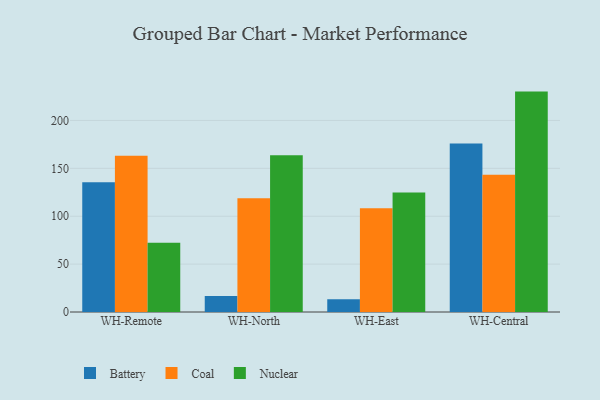
{"axis": {"x": "Warehouse", "y": "Waste Production (Tons)"}, "legend": ["Battery", "Coal", "Nuclear"], "data": [{"x": "WH-Remote", "y": 135.4, "type": "Battery"}, {"x": "WH-Remote", "y": 163.0, "type": "Coal"}, {"x": "WH-Remote", "y": 72.3, "type": "Nuclear"}, {"x": "WH-North", "y": 16.6, "type": "Battery"}, {"x": "WH-North", "y": 118.8, "type": "Coal"}, {"x": "WH-North", "y": 163.7, "type": "Nuclear"}, {"x": "WH-East", "y": 13.4, "type": "Battery"}, {"x": "WH-East", "y": 108.2, "type": "Coal"}, {"x": "WH-East", "y": 124.7, "type": "Nuclear"}, {"x": "WH-Central", "y": 175.8, "type": "Battery"}, {"x": "WH-Central", "y": 143.4, "type": "Coal"}, {"x": "WH-Central", "y": 230.1, "type": "Nuclear"}]}